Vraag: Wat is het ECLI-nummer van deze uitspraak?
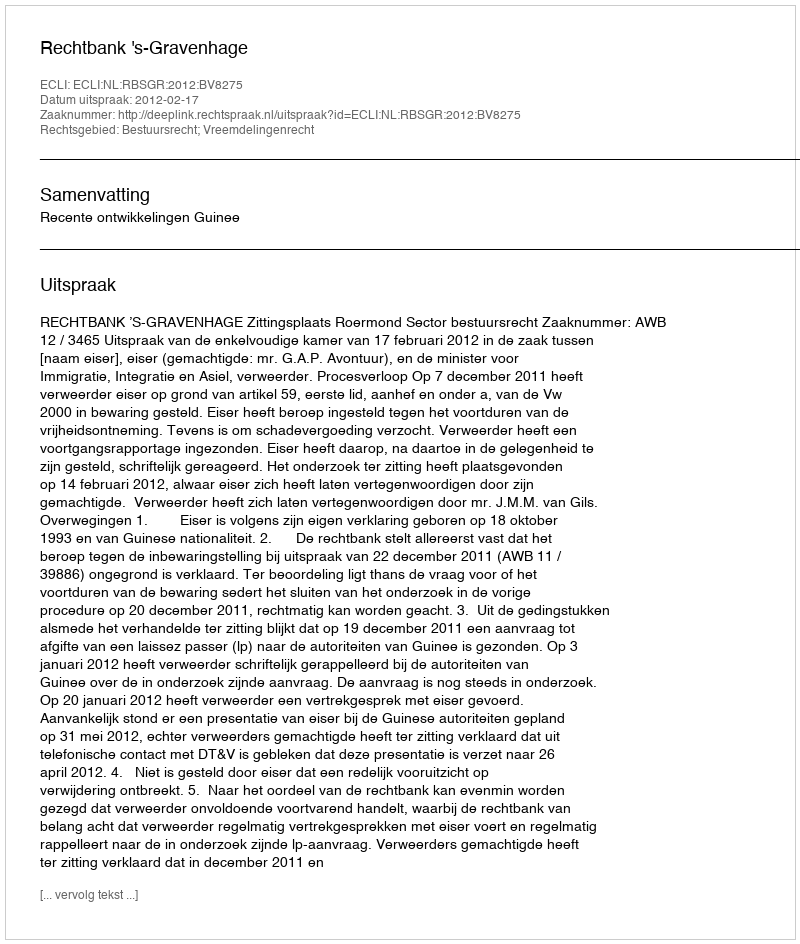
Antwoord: ECLI:NL:RBSGR:2012:BV8275